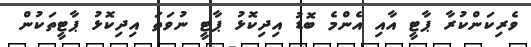
ވެރިކަންކުރާ ޕާޓީ އާއި އެންމެ ބޮޑު އިދިކޮޅު ޕާޓީ ނުވަތަ އިދިކޮޅު ޕާޓީތަކުން